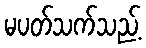
မပတ်သက်သည့်